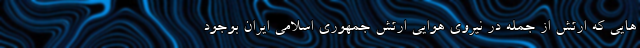
هایی که ارتش از جمله در نیروی هوایی ارتش جمهوری اسلامی ایران بوجود